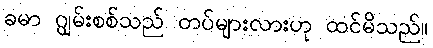
ခမာ ဂျွမ်းစစ်သည် တပ်များလားဟု ထင်မိသည်။